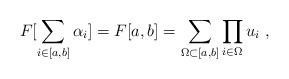
LaTeX: \begin{align*}F[\sum_{i \in [a,b]} \alpha_i] = F[a,b] =\sum_{\Omega \subset [a,b]} \prod_{i \in \Omega} u_i \ ,\end{align*}